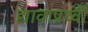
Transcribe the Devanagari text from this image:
द्यावाप्रथ्वी